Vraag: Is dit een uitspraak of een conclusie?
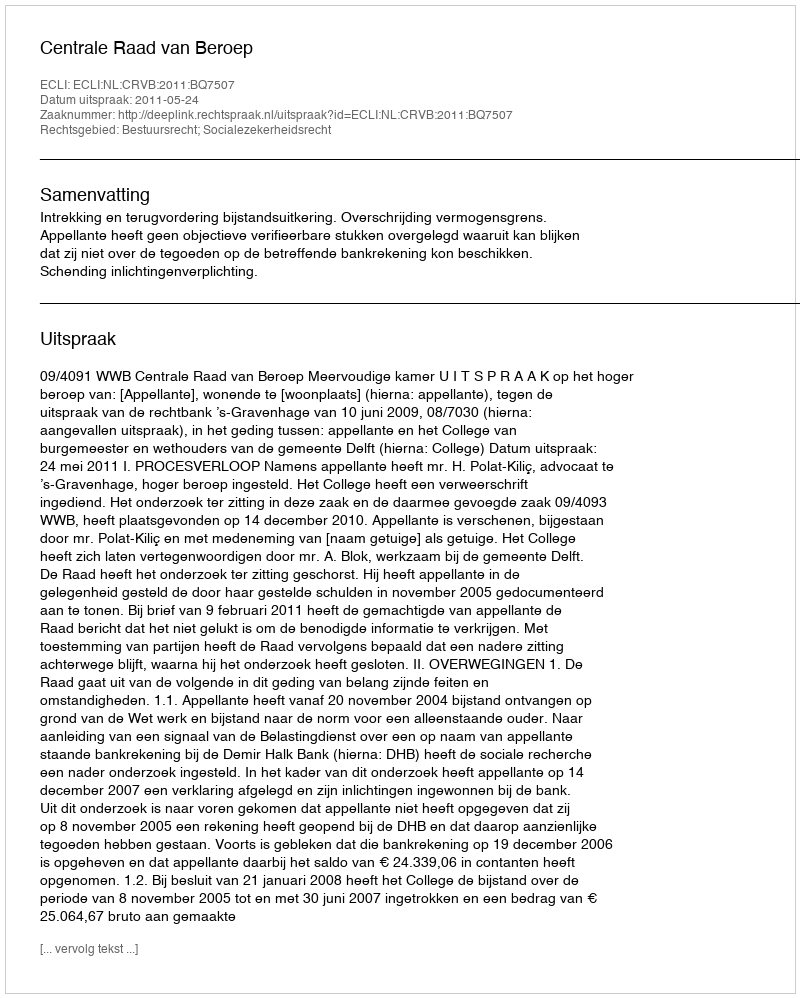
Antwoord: Uitspraak